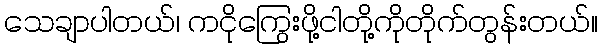
သေချာပါတယ်၊ ကငိုကြွေးဖို့ငါတို့ကိုတိုက်တွန်းတယ်။